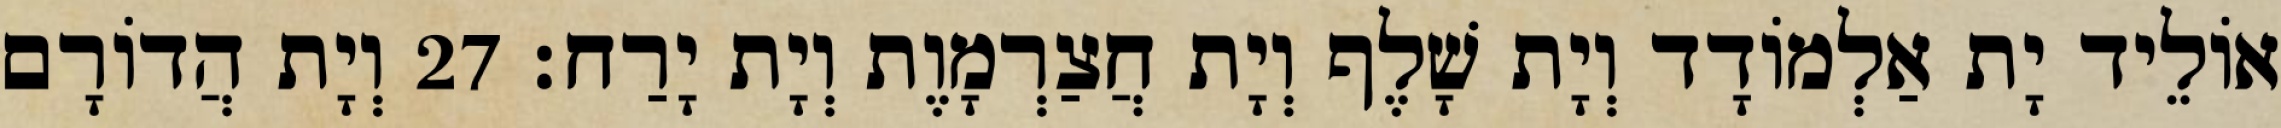
אוֹלֵיד יָת אַלְמוֹדָד וְיָת שָׁלֶף וְיָת חֲצַרְמָוֶת וְיָת יָרַח׃ 27 וְיָת הֲדוֹרָם